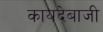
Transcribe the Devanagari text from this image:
कायदेबाजी